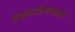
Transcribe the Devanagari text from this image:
देवकरीणमाता